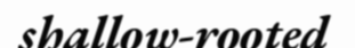
shallow-rooted